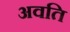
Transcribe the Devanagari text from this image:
अवति